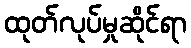
ထုတ်လုပ်မှုဆိုင်ရာ